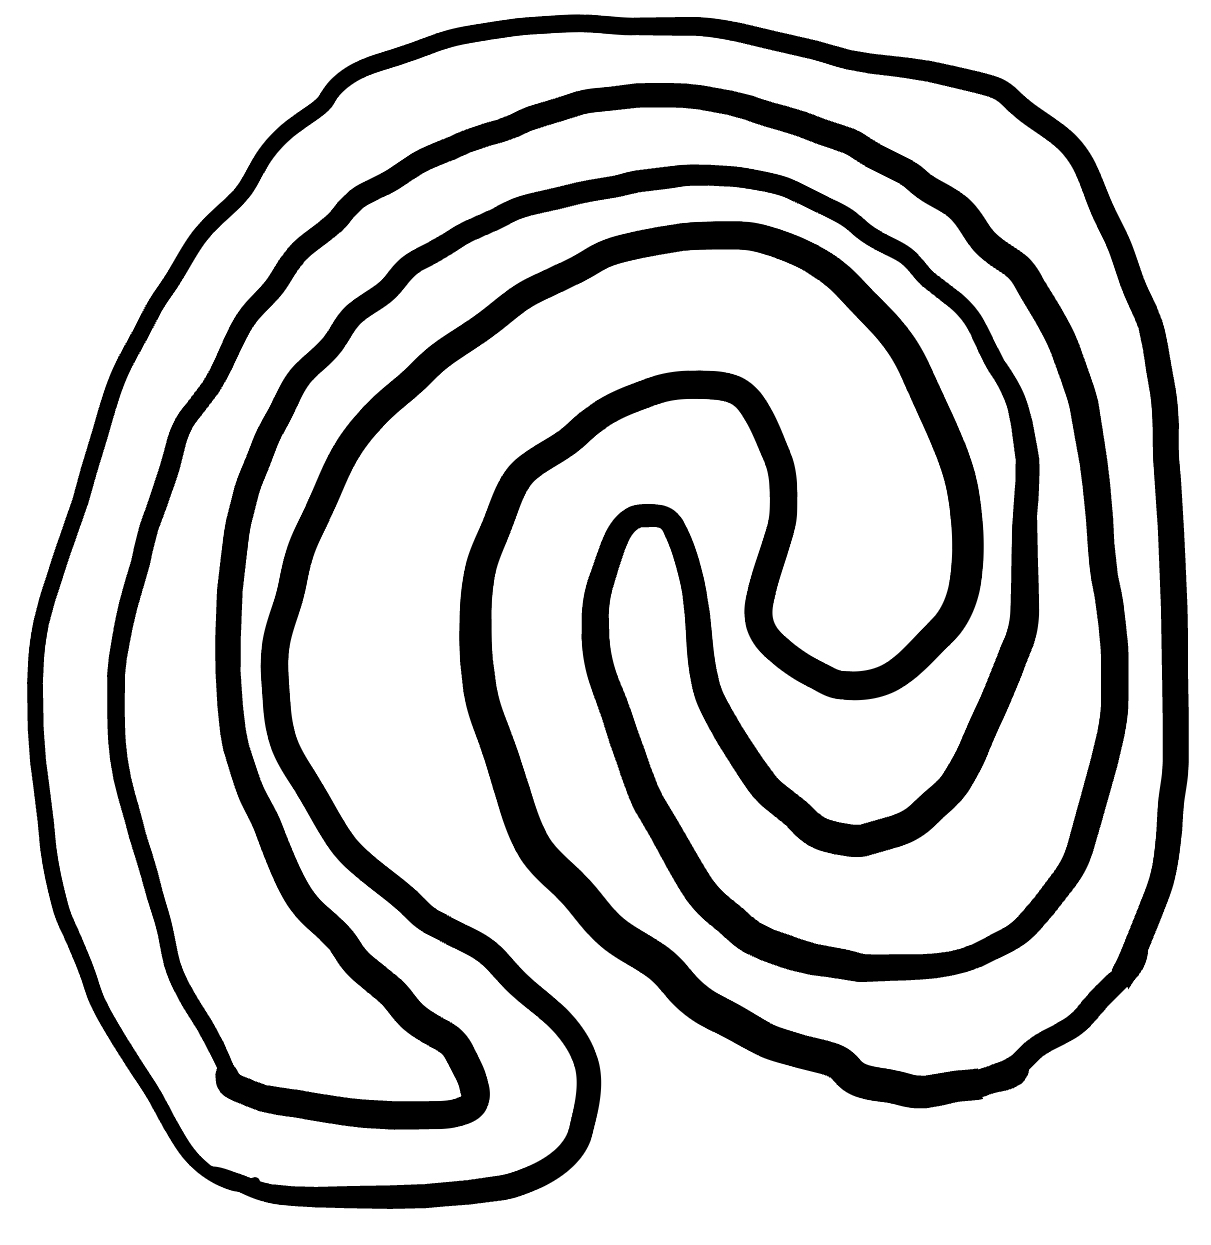
Number of regions (including the outer root region): 3
Containment tree edges (parent, child): 0, 1, 1, 2